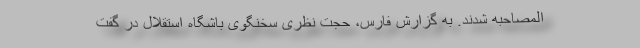
المصاحبه شدند. به گزارش فارس، حجت نظری سخنگوی باشگاه استقلال در گفت